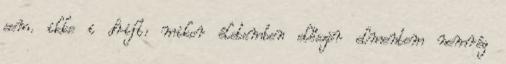
sem. ikke i drift: mikor életemben először elmentem nemrég